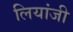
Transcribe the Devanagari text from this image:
लियांजी